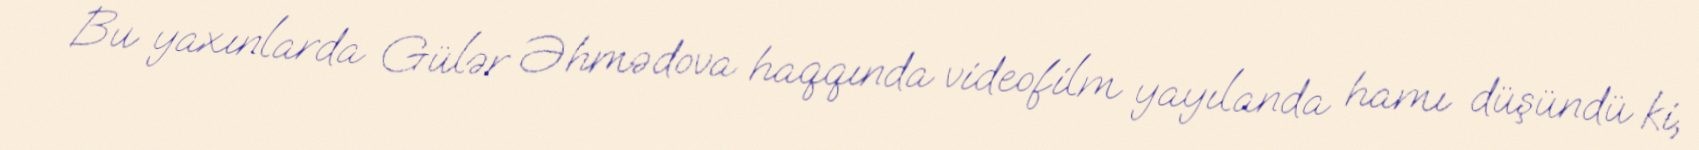
Bu yaxınlarda Gülər Əhmədova haqqında videofilm yayılanda hamı düşündü ki,